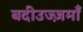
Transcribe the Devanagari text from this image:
बदीउज्ज़माँ